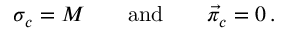
\sigma _ { c } = M \qquad \mathrm { a n d } \qquad \vec { \pi } _ { c } = 0 \, .